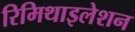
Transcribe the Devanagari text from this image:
रिमिथाइलेशन